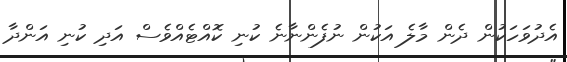
އެދުވަހަކުން ދެން މާލެ އަކުން ނުފެންނާނެ ކުނި ކޮއްޓެއްވެސް އަދި ކުނި އަންދާ